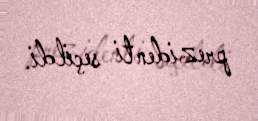
prezidenti seçildi.